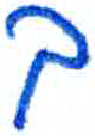
אות: ך